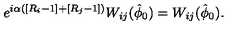
e ^ { i \alpha \left( \left[ R _ { i } - 1 \right] + \left[ R _ { j } - 1 \right] \right) } W _ { i j } ( \hat { \phi } _ { 0 } ) = W _ { i j } ( \hat { \phi } _ { 0 } ) .